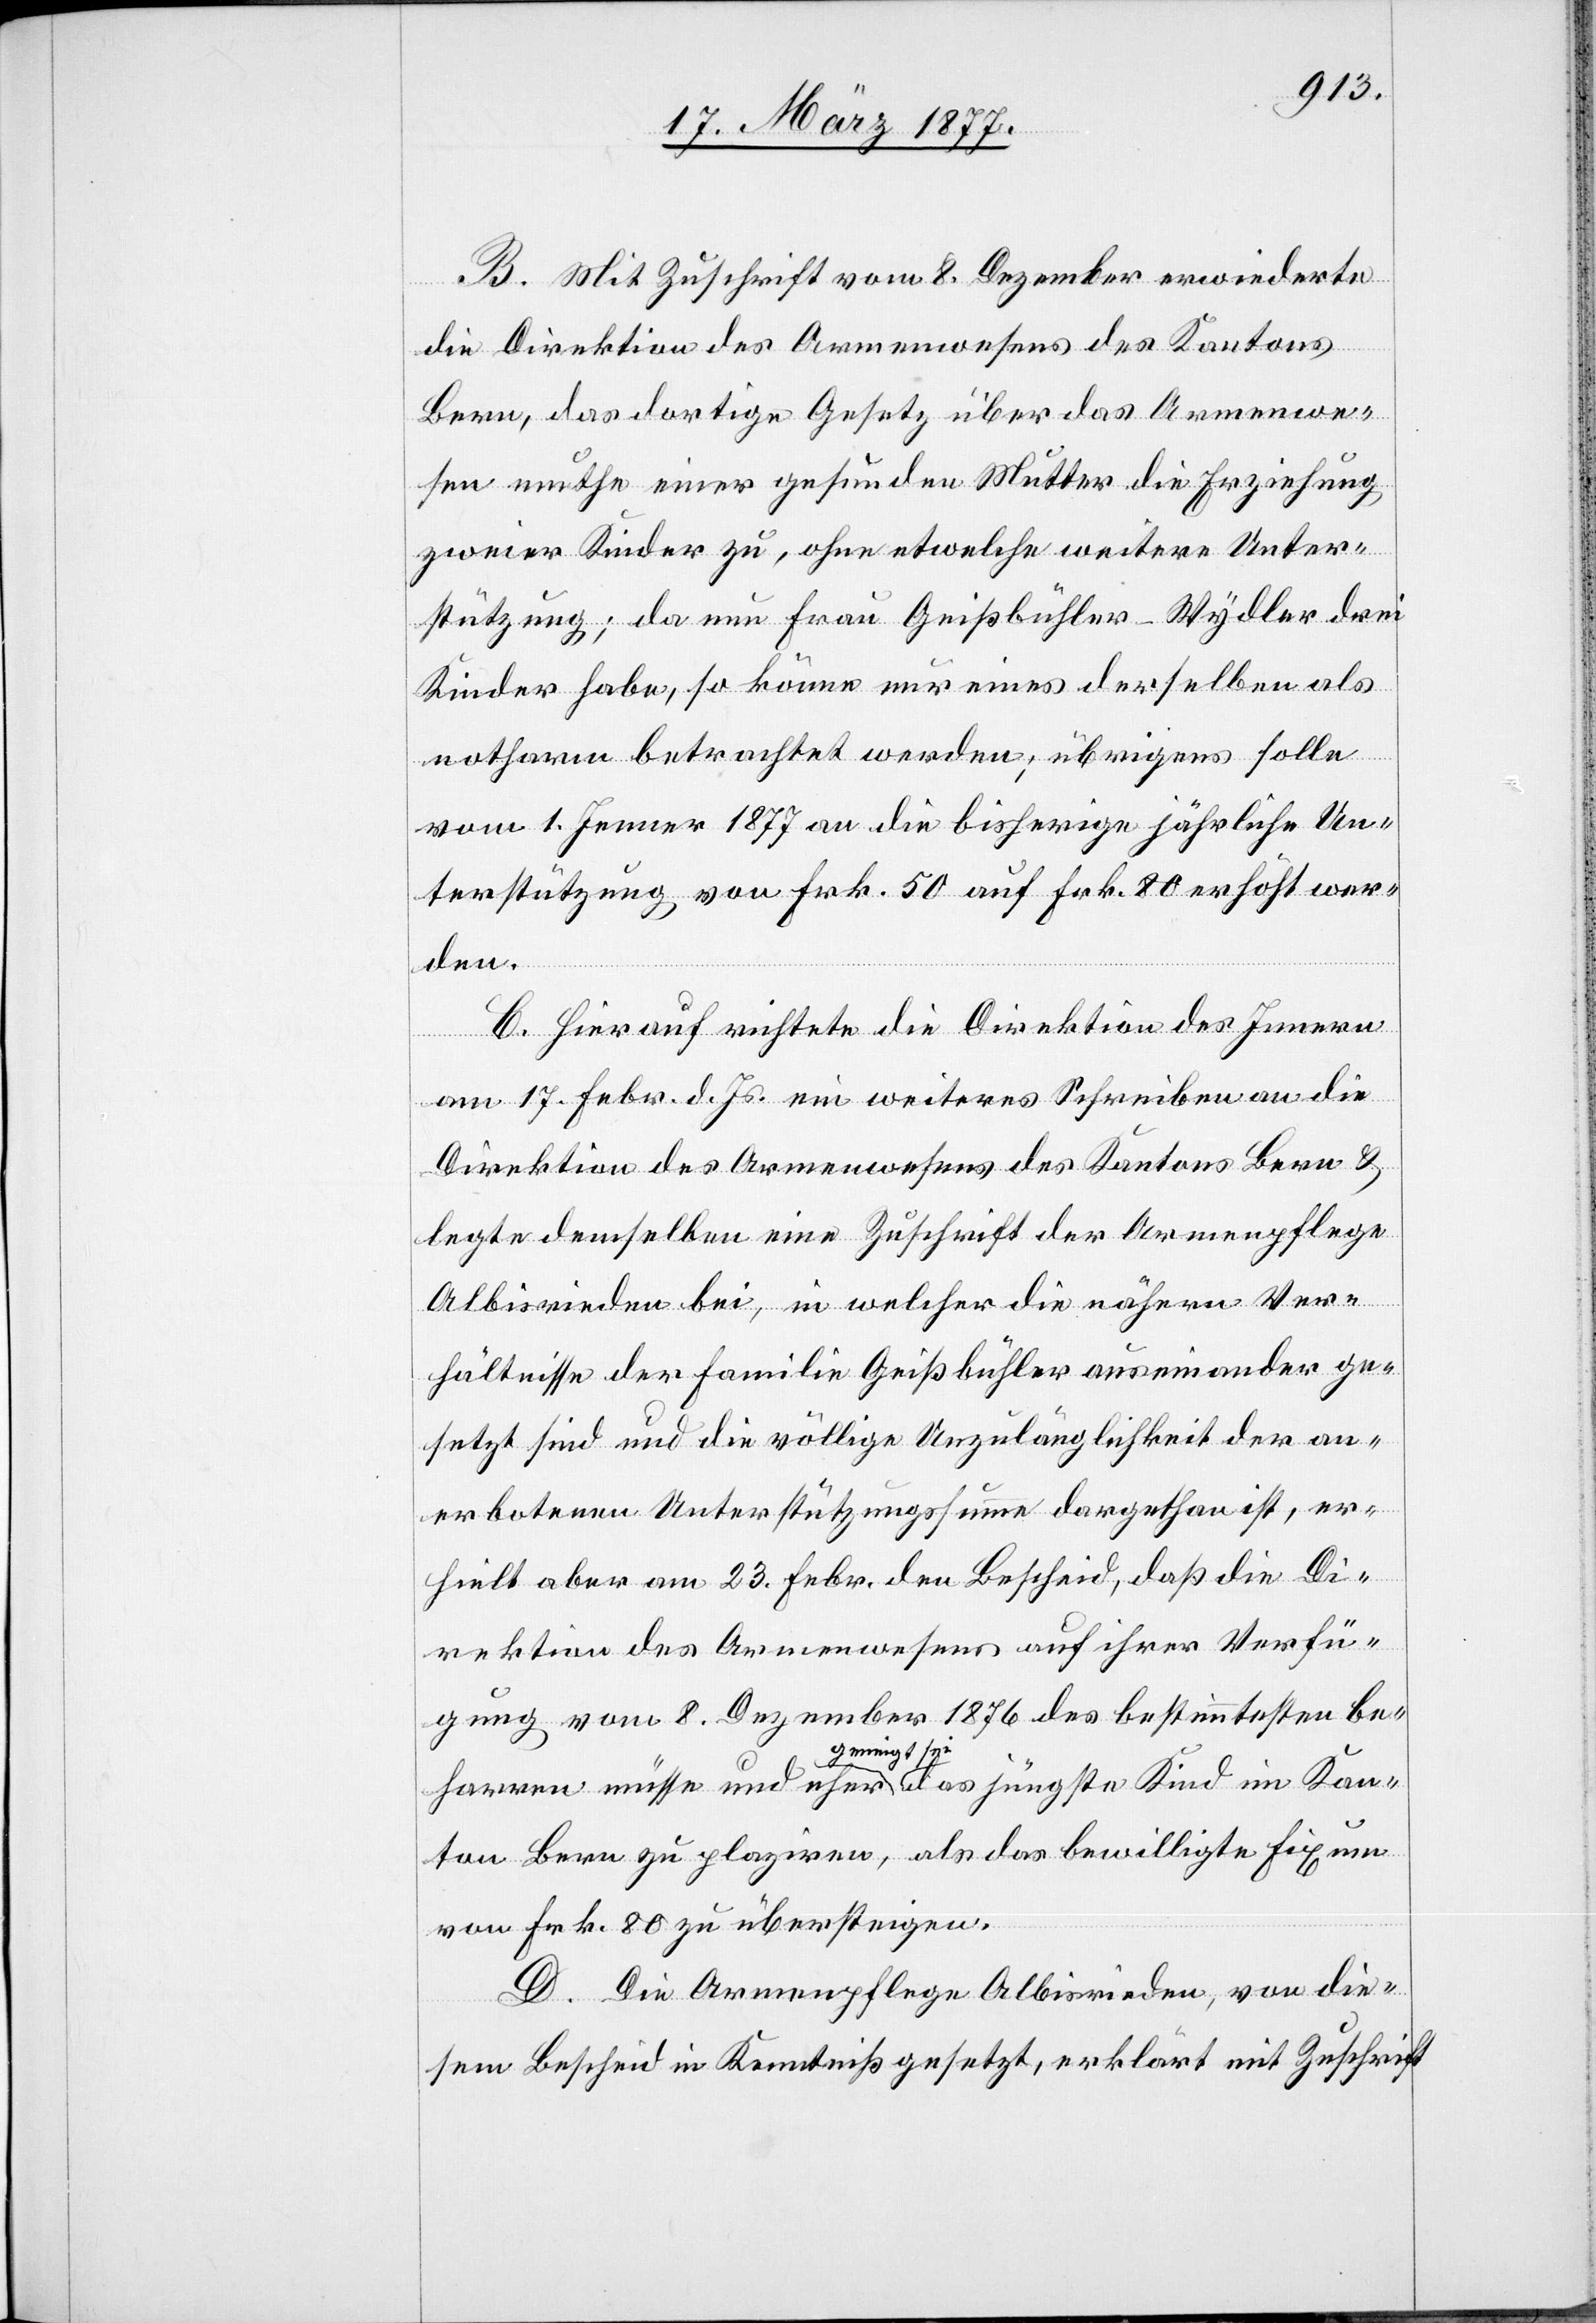
B. Mit Zuschrift vom 8. Dezember erwiederte
die Direktion des Armenwesens des Kantons
Bern, das dortige Gesetz über das Armenwe¬
sen muthe einer gesunden Mutter die Erziehung
zweier Kinder zu, ohne etwelche weitere Unter¬
stützung; da nun Frau Geißbühler-Wydler drei
Kinder habe, so könne nur eines derselben als
notharm betrachtet werden; übrigens solle
vom 1. Jenner 1877 an die bisherige jährliche Un¬
terstützung von Frk. 50 auf Frk. 80 erhöht wer¬
den.
C. Hierauf richtete die Direktion des Innern
am 17. Febr. d. Js. ein weiteres Schreiben an die
Direktion des Armenwesens des Kantons Bern &
legte demselben eine Zuschrift der Armenpflege
Kan¬
Albisrieden bei, in welcher die nähern Ver¬
hältnisse der Familie Geißbühler auseinander ge¬
setzt sind und die völlige Unzulänglichkeit der an¬
erbotenen Unterstützungssumme dargethan ist, er¬
hielt aber am 23. Febr. den Bescheid, daß die Di¬
rektion des Armenwesens auf ihrer Verfü¬
gung vom 8. Dezember 1876 des bestimmtesten be¬
geneigt sei,
ton Bern zu plaziren, als das bewilligte Fixum
von Frk. 80 zu übersteigen.
D. Die Armenpflege Albisrieden, von die¬
sem Bescheid in Kenntniß gesetzt, erklärt mit Zuschrift